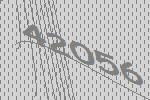
42056